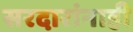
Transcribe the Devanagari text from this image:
सरदारांनाही